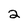
Character: 2